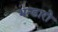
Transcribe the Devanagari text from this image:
भन्डारो